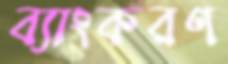
ব্যাংকরণ